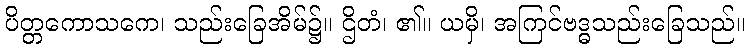
ပိတ္တကောသကေ၊ သည်းခြေအိမ်၌။ ဌိတံ၊ ၏။ ယမှိ၊ အကြင်ဗဒ္ဓသည်းခြေသည်။